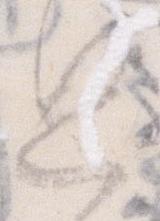
思